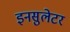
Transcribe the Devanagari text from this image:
इनसुलेटर